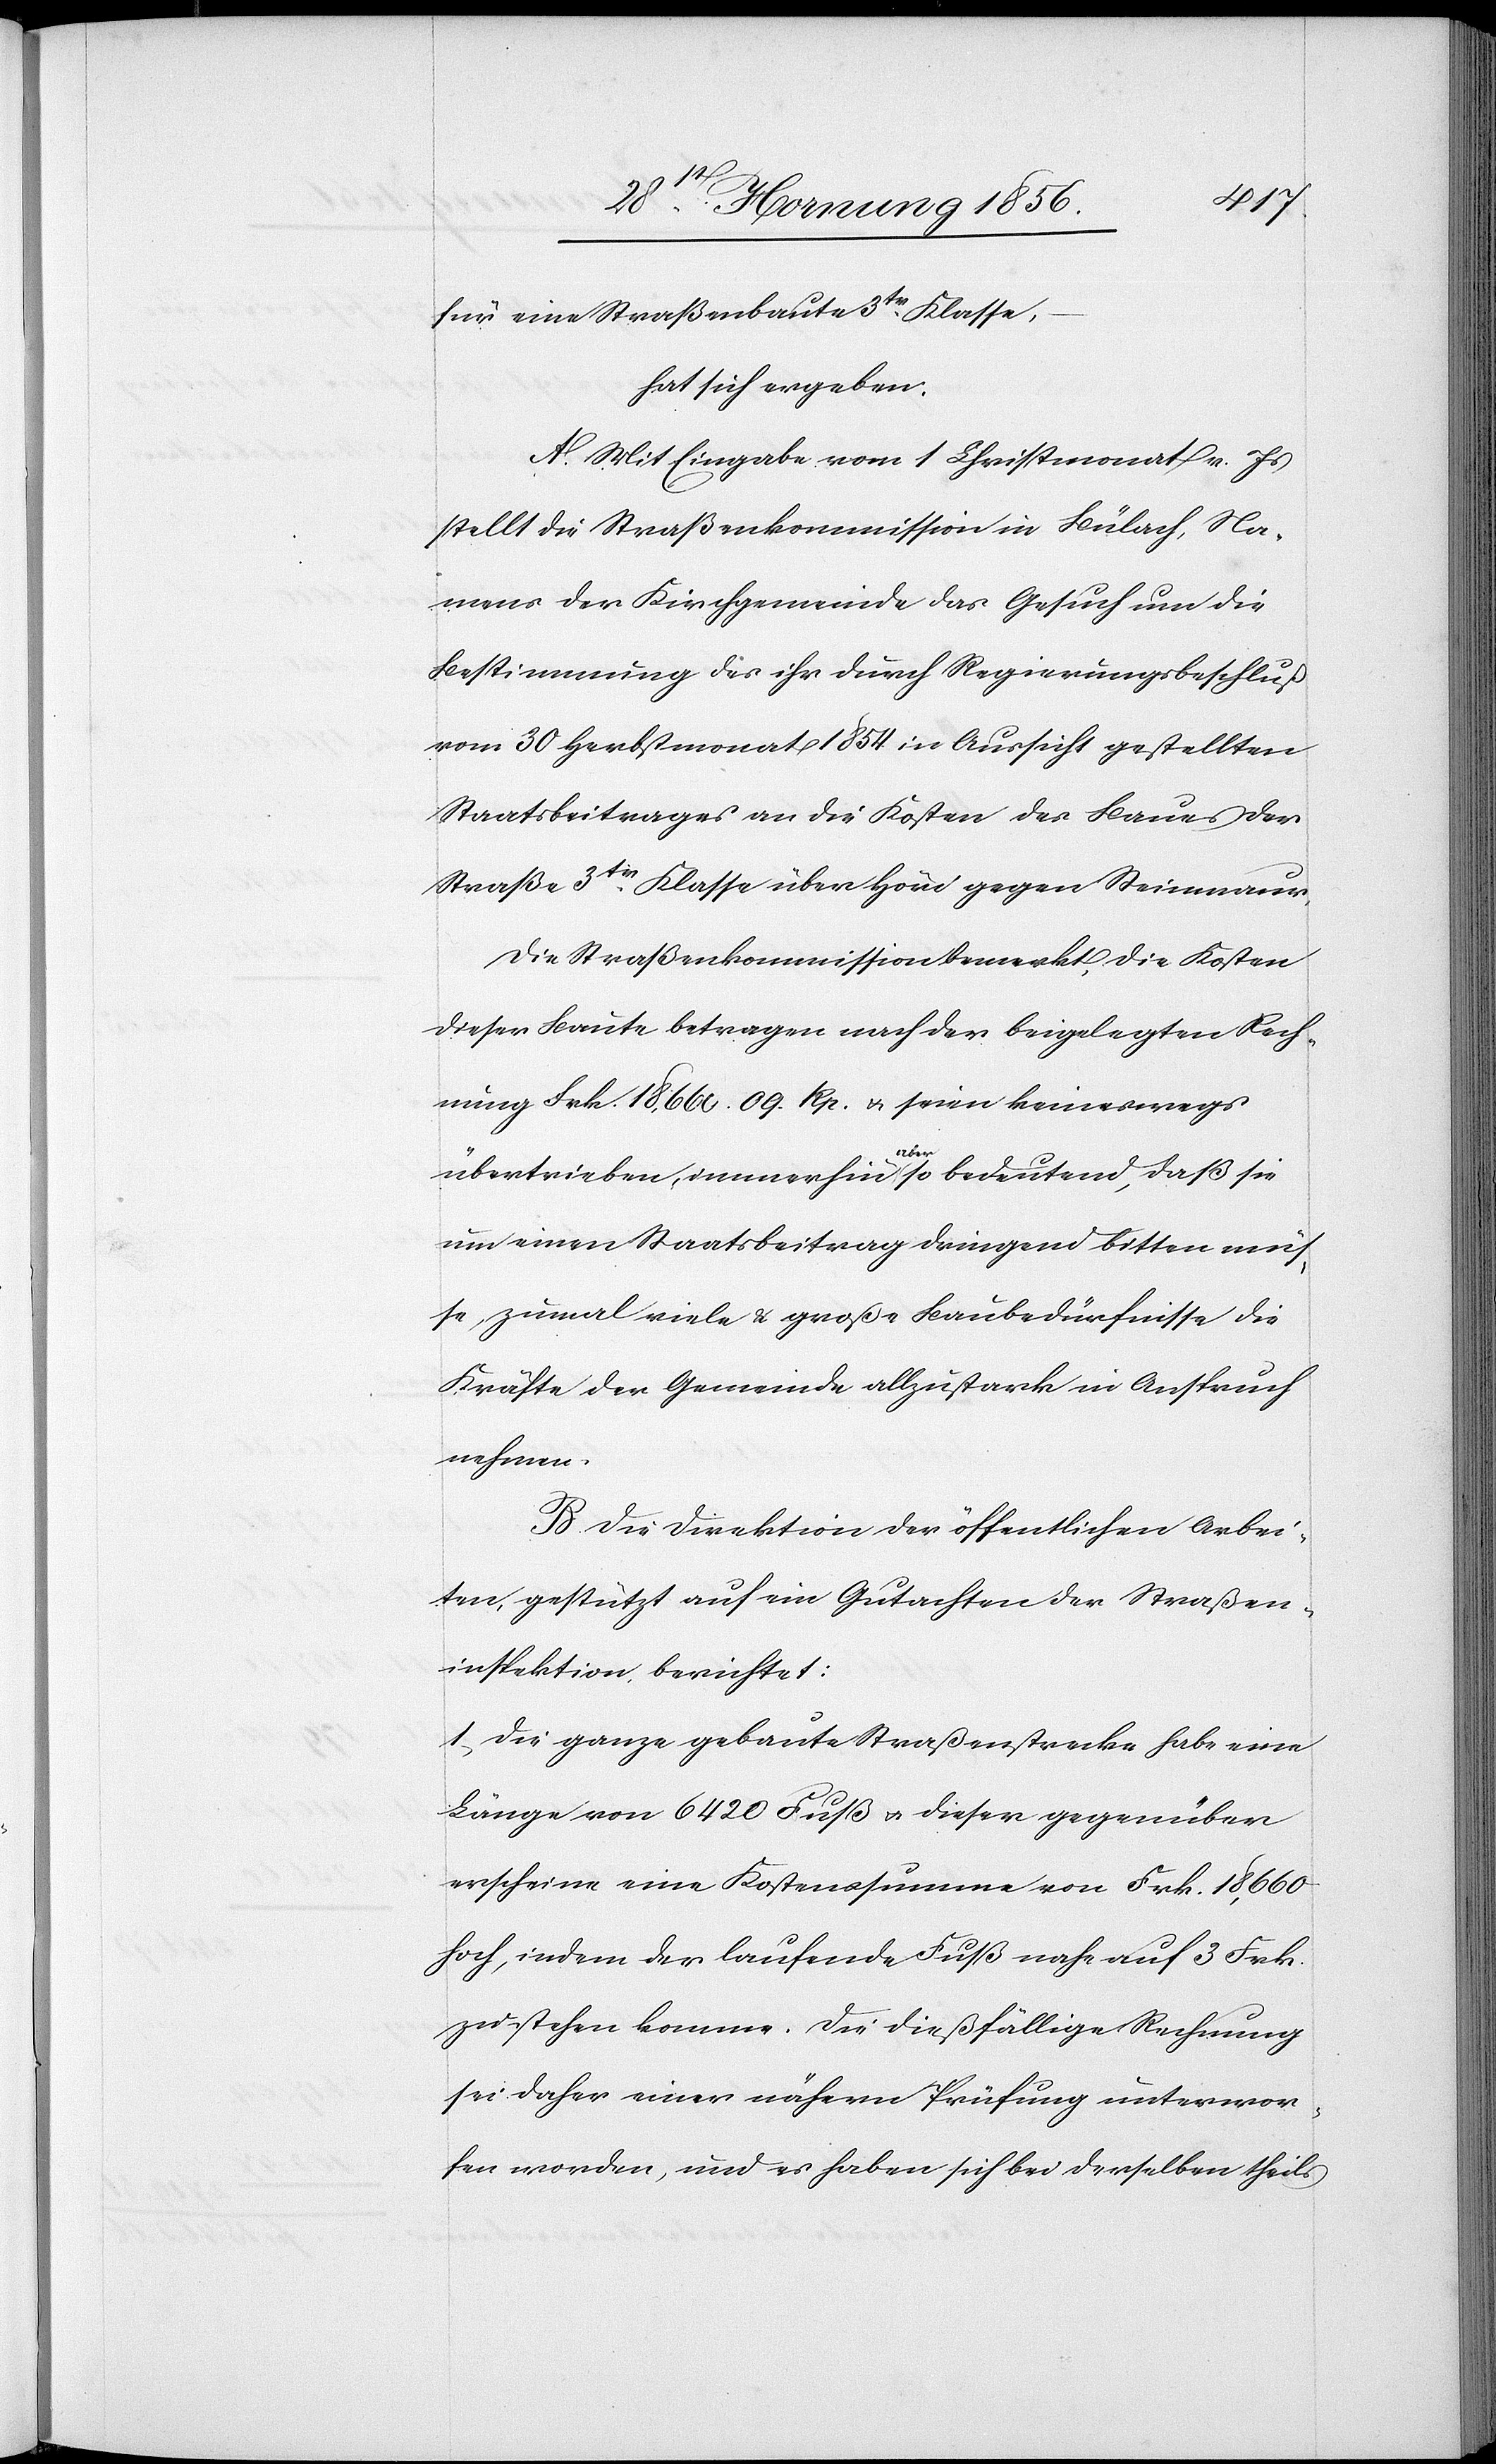
für eine Straßenbaute 3tr Klasse,–
hat sich ergeben:
A. Mit Eingabe vom 1 Christmonat v. Js
stellt die Straßenkommission in Bülach, Na¬
mens der Kirchgemeinde das Gesuch um die
Bestimmung des ihr durch Regierungsbeschluß
vom 30 Herbstmonat 1854 in Aussicht gestellten
Staatsbeitrages an die Kosten des Baues der
Straße 3tr Klasse über Höri gegen Steinmaur.
Die Straßenkommission bemerkt, die Kosten
dieser Baute betragen nach der beigelegten Rech¬
nung Frk. 18,660. 09. Rp. u. seien keineswegs
übertrieben, immerhin a-aber-a so bedeutend, daß sie
um einen Staatsbeitrag dringend bitten müs¬
se, zumal viele & große Baubedürfnisse die
Kräfte der Gemeinde allzustark in Anspruch
nehmen.
B. Die Direktion der öffentlichen Arbei¬
ten, gestützt auf ein Gutachten der Straßen¬
inspektion, berichtet:
1., Die ganze gebaute Straßenstrecke habe eine
Länge von 6420 Fuß u. dieser gegenüber
erscheine eine Kostenssumme von Frk. 18,660
hoch, indem der laufende Fuß nahe auf 3 Frk.
zu stehen komme. Die dießfällige Rechnung
sei daher einer nähren Prüfung unterwor¬
fen worden, und es haben sich bei derselben theils